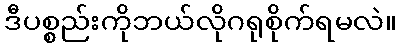
ဒီပစ္စည်းကိုဘယ်လိုဂရုစိုက်ရမလဲ။